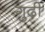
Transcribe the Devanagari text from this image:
गुढ़ी